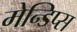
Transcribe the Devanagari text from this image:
मेन्डिप्स